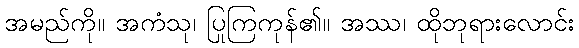
အမည်ကို။ အကံသု၊ ပြုကြကုန်၏။ အဿ၊ ထိုဘုရားလောင်း